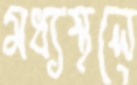
মধ্যস্থলে